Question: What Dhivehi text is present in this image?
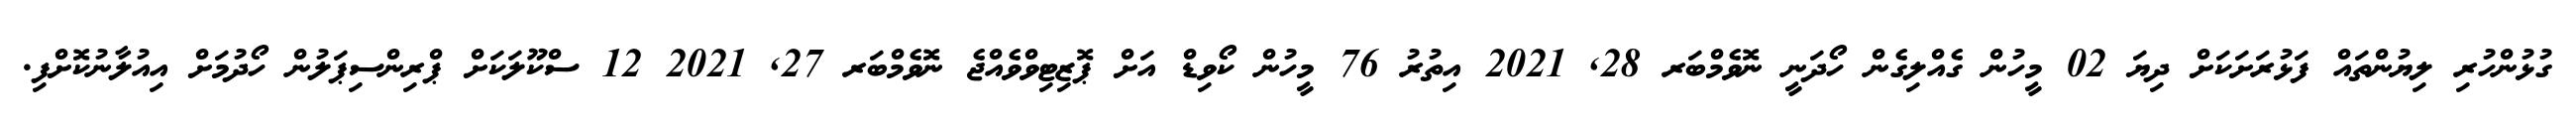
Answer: ގުޅުންހުރި ލިޔުންތައް ފަޅުރަށަކަށް ދިޔަ 02 މީހުން ގެއްލިގެން ހޯދަނީ ނޮވެމްބަރ 28, 2021 އިތުރު 76 މީހުން ކޯވިޑް އަށް ޕޮޒިޓިވްވެއްޖެ ނޮވެމްބަރ 27, 2021 12 ސްކޫލަކަށް ޕްރިންސިޕަލުން ހޯދުމަށް އިއުލާނުކޮށްފި.